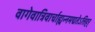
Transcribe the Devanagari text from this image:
वागेवात्रिवार्चाह्यन्नमद्यतेऽत्तिहर्